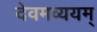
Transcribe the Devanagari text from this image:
देवमव्ययम्